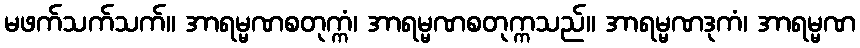
မဖက်သက်သက်။ အာရမ္မဏစတုက္ကံ၊ အာရမ္မဏစတုက္ကသည်။ အာရမ္မဏဒုကံ၊ အာရမ္မဏ